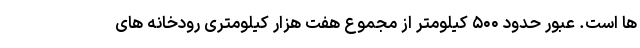
ها است. عبور حدود ۵۰۰ کیلومتر از مجموع هفت هزار کیلومتری رودخانه های